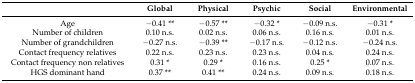
<table><thead><tr><td></td><td><b>Global</b></td><td><b>Physical</b></td><td><b>Psychic</b></td><td><b>Social</b></td><td><b>Environmental</b></td></tr></thead><tbody><tr><td>Age</td><td>−0.41 **</td><td>−0.57 **</td><td>−0.32 *</td><td>−0.09 n.s.</td><td>−0.31 *</td></tr><tr><td>Number of children</td><td>0.10 n.s.</td><td>0.02 n.s.</td><td>0.06 n.s.</td><td>0.16 n.s.</td><td>0.01 n.s.</td></tr><tr><td>Number of grandchildren</td><td>−0.27 n.s.</td><td>−0.39 **</td><td>−0.17 n.s.</td><td>−0.12 n.s.</td><td>−0.24 n.s.</td></tr><tr><td>Contact frequency relatives</td><td>0.22 n.s.</td><td>0.23 n.s.</td><td>0.23 n.s.</td><td>0.04 n.s.</td><td>0.24 n.s.</td></tr><tr><td>Contact frequency non relatives</td><td>0.31 *</td><td>0.29 *</td><td>0.16 n.s.</td><td>0.25 *</td><td>0.07 n.s.</td></tr><tr><td>HGS dominant hand</td><td>0.37 **</td><td>0.41 **</td><td>0.24 n.s.</td><td>0.09 n.s.</td><td>0.18 n.s.</td></tr></tbody></table>